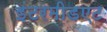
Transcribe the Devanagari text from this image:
इंटरमीडएट